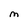
Character: M